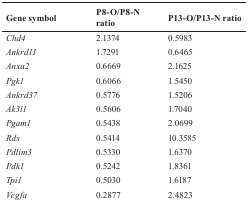
| Gene symbol | P8-O/P8-N ratio | P13-O/P13-N ratio |
 | --- | --- | --- |
 | Chd4 | 2.1374 | 0.5983 |
 | Ankrd11 | 1.7291 | 0.6465 |
 | Anxa2 | 0.6669 | 2.1625 |
 | Pgk1 | 0.6066 | 1.5450 |
 | Ankrd37 | 0.5776 | 1.5206 |
 | Ak3l1 | 0.5606 | 1.7040 |
 | Pgam1 | 0.5438 | 2.0699 |
 | Rdx | 0.5414 | 10.3585 |
 | Pdlim3 | 0.5330 | 1.6370 |
 | Pdk1 | 0.5242 | 1.8361 |
 | Tpi1 | 0.5030 | 1.6187 |
 | Vegfa | 0.2877 | 2.4823 |